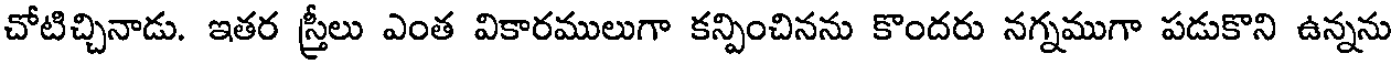
చోటిచ్చినాడు. ఇతర స్త్రీలు ఎంత వికారములుగా కన్పించినను కొందరు నగ్నముగా పడుకొని ఉన్నను